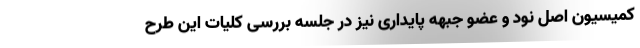
کمیسیون اصل نود و عضو جبهه پایداری نیز در جلسه بررسی کلیات این طرح